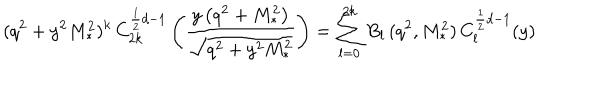
( q ^ { 2 } + y ^ { 2 } M _ { \ast } ^ { 2 } ) ^ { k } \, C _ { 2 k } ^ { \frac { 1 } { 2 } d - 1 } \left( \frac { y \left( q ^ { 2 } + M _ { \ast } ^ { 2 } \right) } { \sqrt { q ^ { 2 } + y ^ { 2 } M _ { \ast } ^ { 2 } } } \right) = \sum _ { l = 0 } ^ { 2 k } B _ { l } \, ( q ^ { 2 } , M _ { \ast } ^ { 2 } ) \, C _ { l } ^ { \frac { 1 } { 2 } d - 1 } ( y )